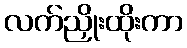
လက်ညှိုးထိုးကာ